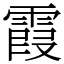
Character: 霞